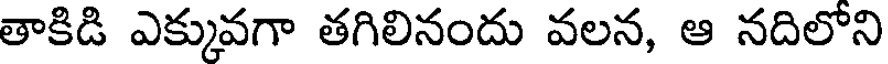
తాకిడి ఎక్కువగా తగిలినందు వలన, ఆ నదిలోని